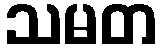
သမတ